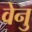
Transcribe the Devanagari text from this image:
वेनु